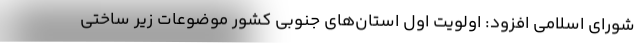
شورای اسلامی افزود: اولویت اول استان‌های جنوبی کشور موضوعات زیر ساختی